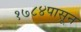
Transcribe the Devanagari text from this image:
१७८४पासून